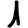
Digit: 1